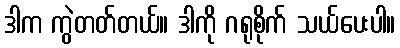
ဒါက ကွဲတတ်တယ်။ ဒါကို ဂရုစိုက် သယ်ပေးပါ။